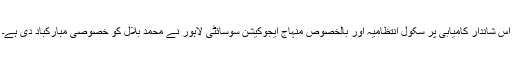
اس شاندار کامیابی پر سکول انتظامیہ اور بالخصوص منہاج ایجوکیشن سوسائٹی لاہور نے محمد بلال کو خصوصی مبارکباد دی ہے۔